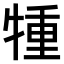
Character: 𤚏